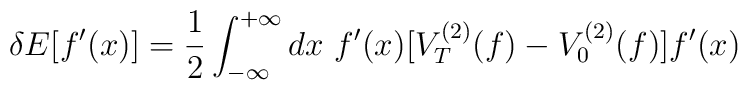
\delta E [ f'(x) ] =  {1\over 2} \int_{-\infty}^{+\infty} dx ~ f'(x)                    [ V_T^{(2)} (f) - V_0^{(2)} (f) ] f'(x)